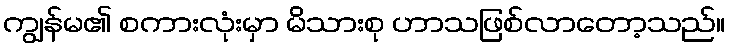
ကျွန်မ၏ စကားလုံးမှာ မိသားစု ဟာသဖြစ်လာတော့သည်။